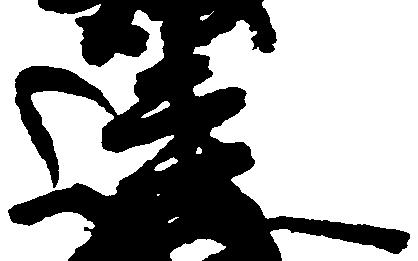
連